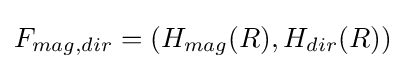
F_{mag,dir}=(H_{mag}(R),H_{dir}(R))